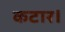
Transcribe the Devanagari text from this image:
कटार।